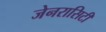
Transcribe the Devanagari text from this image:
जेनरासिटी